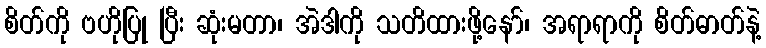
စိတ်ကို ဗဟိုပြု ပြီး ဆုံးမတာ၊ အဲဒါကို သတိထားဖို့နော်၊ အရာရာကို စိတ်ဓာတ်နဲ့